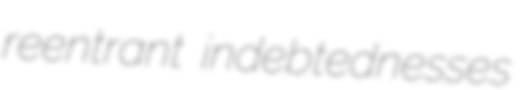
reentrant indebtednesses